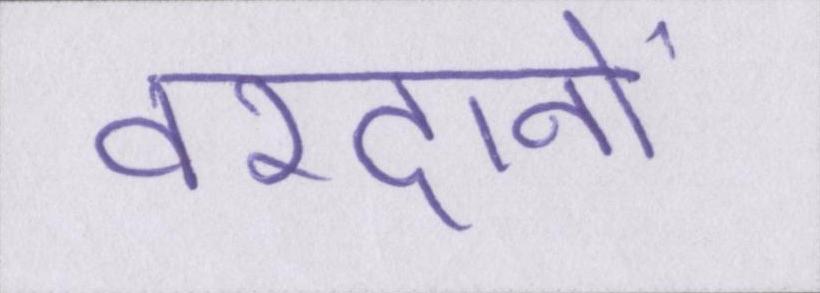
वरदानों